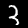
Label: 3